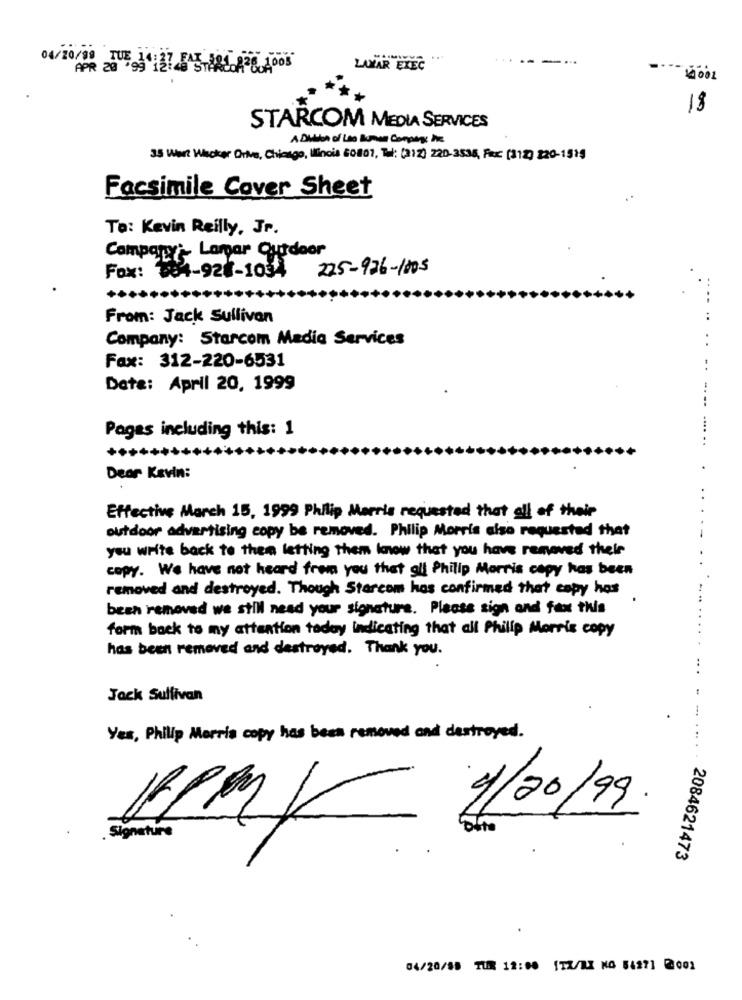
04/20/99 TUE 1 137 5 5 AMCALLADOS
LAMAR EXEC
18
STARCOM MEDIA SERVICES
A DUIon of Los Buman Company the
35 Wart Whoker Drives, Chicago, Ilinois 60001, Tel: (312) 220-3536, Fax: (312) 220-1515
Facsimile Cover Sheet
..
To: Kevin Reilly, Jr.
Company ;- Lamar Outdoor
Fox: 384-928-1034 225-976-1005
.-
From: Jack Sullivan
Company: Starcom Media Services
..
Fax: 312-220-6531
Date: April 20, 1999
----
Pagas including this: 1
.... ..
Dear Kevin:
Effective March 15, 1999 Philip Morris requested that all of their
outdoor advertising copy be removed. Philip Morris also requested that
you write back to them letting them know that you have removed their
copy. We have not heard from you that all Philip Morris copy has been
removed and destroyed. Though Starcom has confirmed that copy has
been removed we still need your signature. Please sign and fax this
form back to my attention today indicating that all Philip Morris copy
has been removed and destroyed. Thank you.
Jack Sullivan
Yes, Philip Morris copy has been removed and destroyed.
4/20/99.
RPML
Signature
2084621473
04/20/08 TUR 11:00 [TZ/I] NO 54271 2002